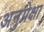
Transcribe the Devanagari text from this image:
अनुप्रेक्षा